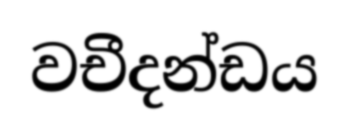
වචීදන්ඩය